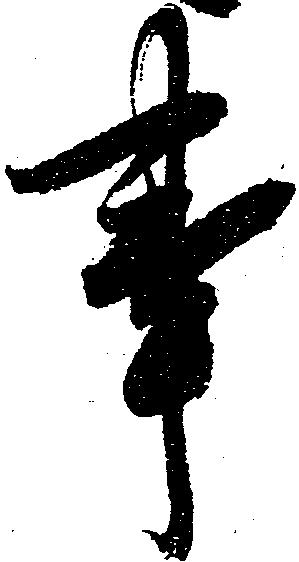
事